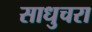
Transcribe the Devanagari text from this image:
साधुचरा